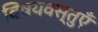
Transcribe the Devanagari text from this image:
विषयवस्तुएँ